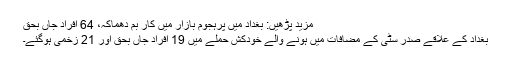
مزید پڑھیں: بغداد میں پرہجوم بازار میں کار بم دھماکہ، 64 افراد جاں بحق
بغداد کے علاقے صدر سٹی کے مضافات میں ہونے والے خودکش حملے میں 19 افراد جاں بحق اور 21 زخمی ہوگئے۔